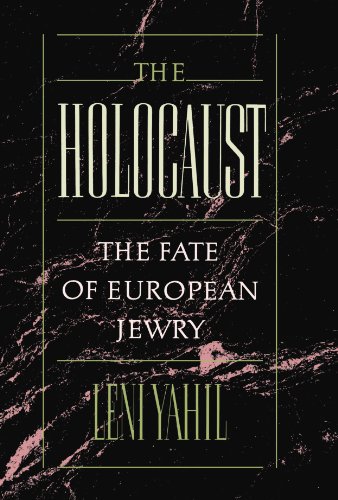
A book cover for The Holocaust: The Fate of European Jewry, 1932-1945 (Studies in Jewish History); Leni Yahil; Law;